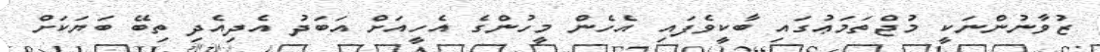
ޒުވާނުންނަކީ މުޖްތަމަޢުގައި ބާކީވެފައި އެހެން މީހުންގެ އެހީއަށް އަބަދު އެދިއެދި ތިބޭ ބަޔަކަށް